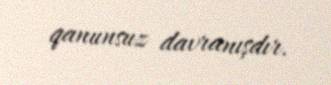
qanunsuz davranışdır.